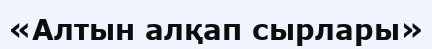
«Алтын алқап сырлары»